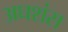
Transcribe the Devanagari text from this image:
अघशंस